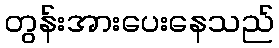
တွန်းအားပေးနေသည်